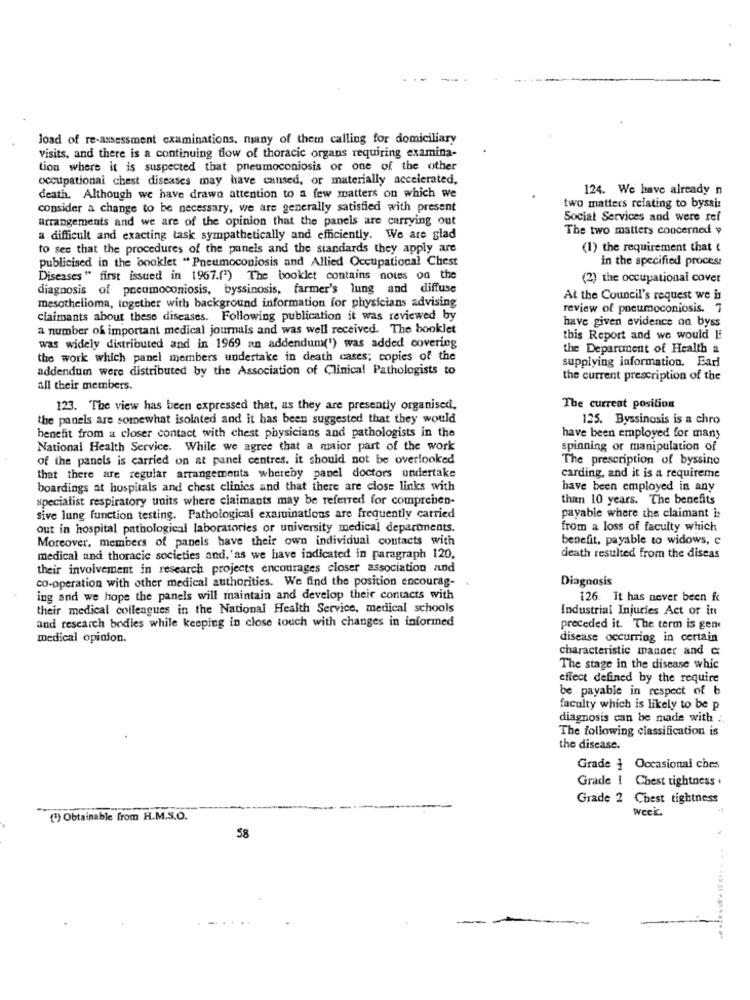
load of re-assessment examinations, many of them calling for domiciliary
visits, and there is a continuing flow of thoracic organs requiring examina-
tion where it is suspected that pneumoconiosis or one of the other
occupational chest diseases may have cansed, or materially accelerated,
124. We have already n
death. Although we have drawo attention to a few matters on which we
consider a change to be necessary, we are generally satisfied with present
two matters relating to byssi:
arrangements and we are of the opinion that the panels are carrying out
Social Services and were ref
The two matters concerned y
a difficult and exacting task sympathetically and efficiently. We are glad
to see that the procedures of the panels and the standards they apply are
(1) the requirement that t
publicised in the booklet "Pneumoconiosis and Allied Occupational Chest
in the specified procest
Diseases " first issued in 1967.(") The booklet contains notes on the
(2) the occupational cover
diagnosis of pneumoconiosis, byssinosis, farmer's lung and diffuse
At the Council's request we is
mesothelioma, together with background information for physicians advising
review of pneumoconiosis. 7
claimants about these diseases. Following publication it was reviewed by
have given evidence on byss
a number of important medical journals and was well received. The booklet
this Report and we would Ii
was widely distributed and in 1969 an addendum(") was added covering
the Deparunent of Health a
the work which panel members undertake in death cases; copies of the
supplying information. Earl
addendum were distributed by the Association of Clinical Pathologists to
the current prescription of the
all their members.
123. The view has been expressed that, as they are presently organised.
The current position
the panels are somewhat isolated and it has been suggested that they would
125. Byssinosis is a chro
benefit from a closer contact with chest physicians and pathologists in the
have been employed for many
National Health Service. While we agree that a major part of the work
spinning or manipulation of
of the panels is carried on at panel centres. it should not be overlooked
The prescription of byssino
that there are regular arrangements whereby panel doctors undertake
carding, and it is a requireme
boardings at hospitals and chest clinics and that there are close links with
have been employed in any
specialist respiratory units where claimants may be referred for comprehen-
than 10 years. The benefits
sive lung function testing. Pathological examinations are frequently carried
payable where the claimant is
out in hospital pathological laboratories or university medical departments.
from a loss of faculty which
Moreover, members of panels have their own individual contacts with
benefit, payable to widows, c
medical and thoracic societies and,'as we have indicated in paragraph 120,
death resulted from the diseas
their involvement in research projects encourages closer association and
co-operation with other medical authorities. We find the position encourag-
Diagnosis
ing and we hope the panels will maintain and develop their contacts with
126. It has never been fc
their medical colleagues in the National Health Service, medical schools
Industrial Injuries Act or in
and research bodies while keeping in close touch with changes in informed
preceded it. The term is gen
medical opinion.
disease occurring in certain
characteristic manner and c
The stage in the disease whic
effect defined by the require
be payable in respect of b
faculty which is likely to be p
diagnosis can be made with :
The following classification is
the disease.
Grade } Occasional ches
Grade ! Chest tightness .
Grade 2 Chest tightness
Week.
(*) Obtainable from H.M.S.O.
58